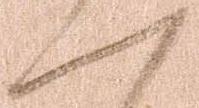
一